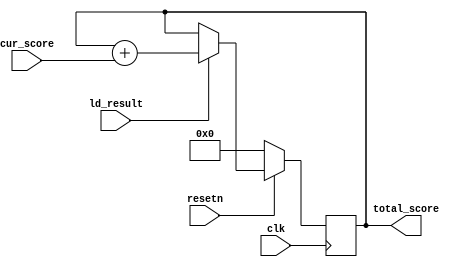
module score_counter(
  input clk,
  input resetn,
  input ld_result,
  input signed [8:0] cur_score,
  output reg signed [8:0] total_score
  );

  always@(posedge clk) begin
    if (!resetn)
      total_score <= 9'd0;
    else if (ld_result)
      total_score <= total_score + cur_score;
  end

endmodule